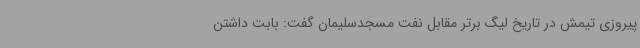
پیروزی تیمش در تاریخ لیگ برتر مقابل نفت مسجدسلیمان گفت: بابت داشتن